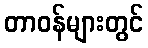
တာဝန်များတွင်